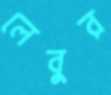
লেবুর